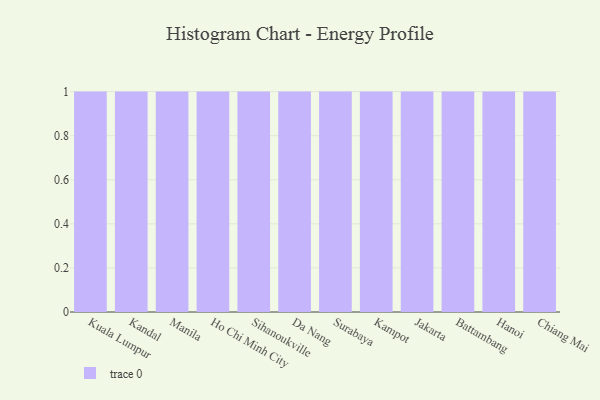
{"axis": {"x": "City", "y": "Latency (ms)"}, "legend": [""], "data": [{"x": "Kuala Lumpur", "y": 97, "type": ""}, {"x": "Kandal", "y": 34, "type": ""}, {"x": "Manila", "y": 77, "type": ""}, {"x": "Ho Chi Minh City", "y": 94, "type": ""}, {"x": "Sihanoukville", "y": 38, "type": ""}, {"x": "Da Nang", "y": 98, "type": ""}, {"x": "Surabaya", "y": 75, "type": ""}, {"x": "Kampot", "y": 33, "type": ""}, {"x": "Jakarta", "y": 83, "type": ""}, {"x": "Battambang", "y": 99, "type": ""}, {"x": "Hanoi", "y": 74, "type": ""}, {"x": "Chiang Mai", "y": 96, "type": ""}]}